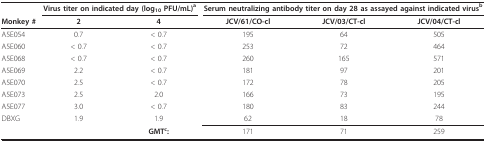
<table><thead><tr><td></td><td colspan="2"><b>Virus titer on indicated day (log<sub>10 </sub>PFU/mL)<sup>a</sup></b></td><td colspan="3"><b>Serum neutralizing antibody titer on day 28 as assayed against indicated virus<sup>b</sup></b></td></tr><tr><td><b>Monkey #</b></td><td><b>2</b></td><td><b>4</b></td><td><b>JCV/61/CO-cl</b></td><td><b>JCV/03/CT-cl</b></td><td><b>JCV/04/CT-cl</b></td></tr></thead><tbody><tr><td>A5E054</td><td>0.7</td><td>&lt; 0.7</td><td>195</td><td>64</td><td>505</td></tr><tr><td>A5E060</td><td>&lt; 0.7</td><td>&lt; 0.7</td><td>253</td><td>72</td><td>464</td></tr><tr><td>A5E068</td><td>&lt; 0.7</td><td>&lt; 0.7</td><td>260</td><td>165</td><td>571</td></tr><tr><td>A5E069</td><td>2.2</td><td>&lt; 0.7</td><td>181</td><td>97</td><td>201</td></tr><tr><td>A5E070</td><td>2.5</td><td>&lt; 0.7</td><td>172</td><td>78</td><td>205</td></tr><tr><td>A5E073</td><td>2.5</td><td>2.0</td><td>166</td><td>73</td><td>195</td></tr><tr><td>A5E077</td><td>3.0</td><td>&lt; 0.7</td><td>180</td><td>83</td><td>244</td></tr><tr><td>DBXG</td><td>1.9</td><td>1.9</td><td>62</td><td>18</td><td>78</td></tr><tr><td></td><td></td><td><b>GMT<sup>c</sup>:</b></td><td>171</td><td>71</td><td>259</td></tr></tbody></table>